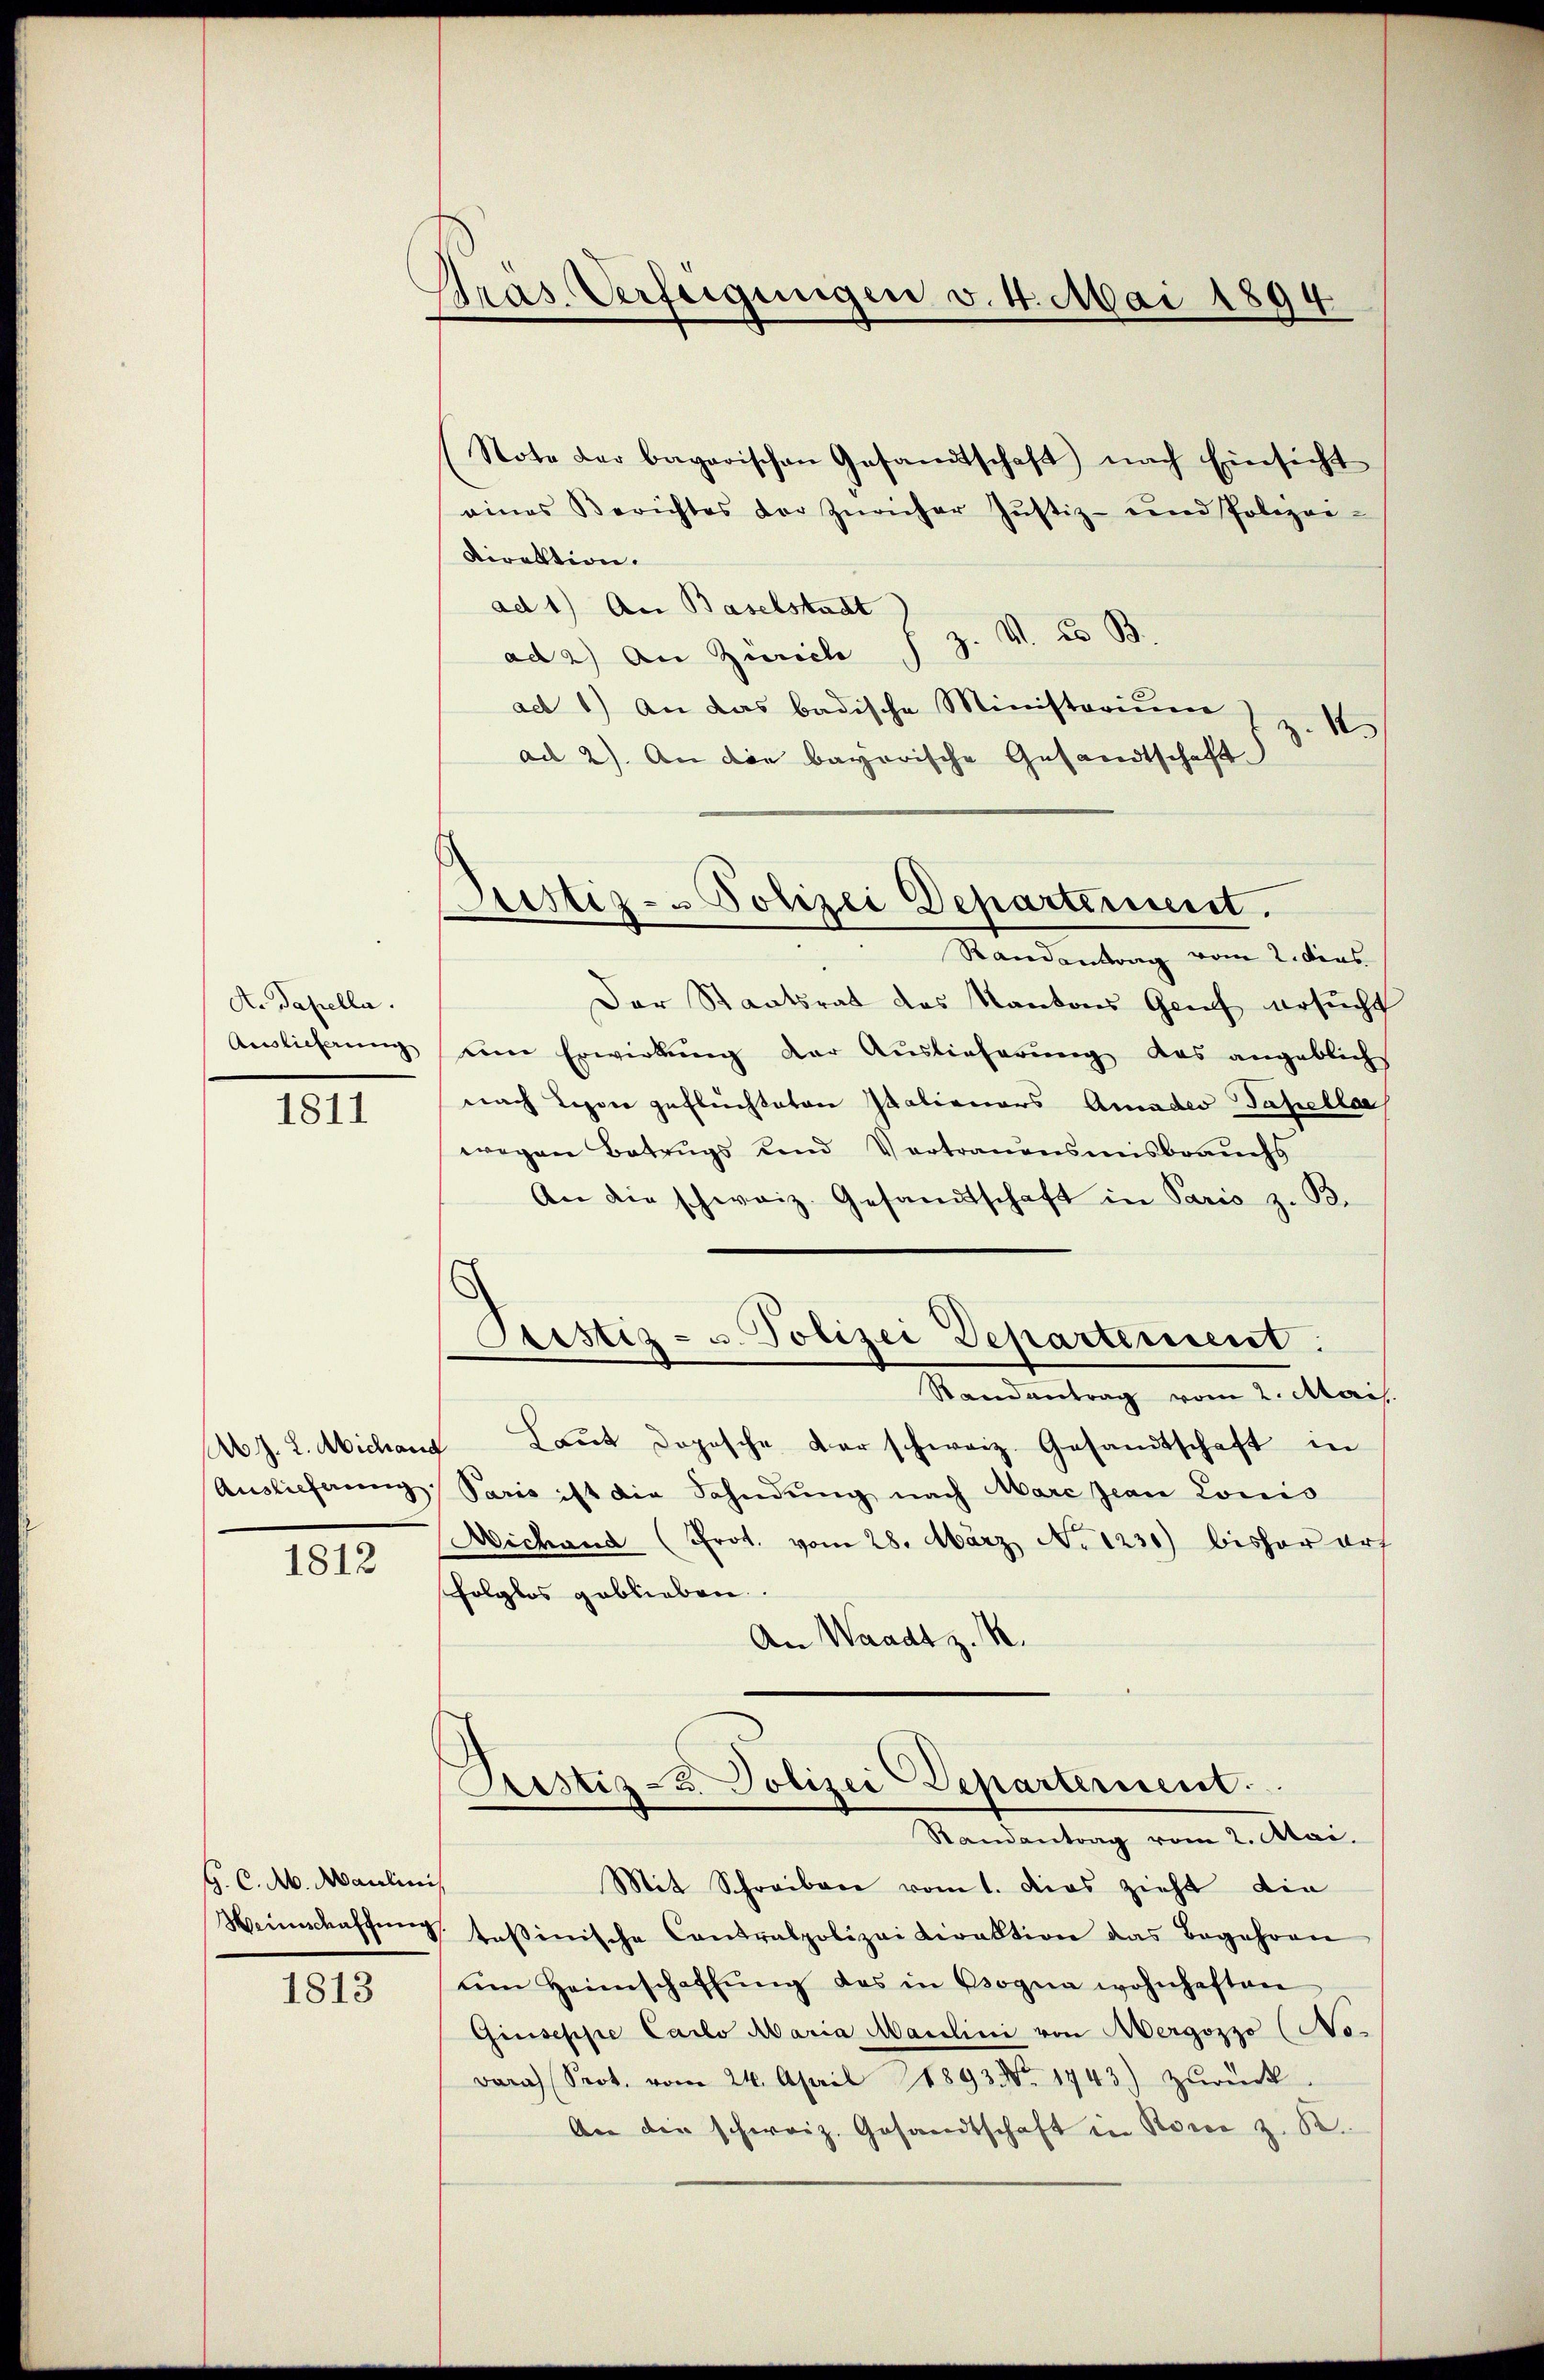
A. Papella.
Auslieferung

1811

Auslieferung

1812

G. C. A. Maulinis

1813

Pras. Verfeigungen v. 4. Mai 1
894

Justiz- Polizei Departement.
Mandantung vom 1. dies

Note der bagarischen Gesamtschaft nach Einsicht
eines Berichtes der Züricher Justiz- und Polizei-
Direktion.
ad 1) An Baselstadt
ad 2) An Zürich s. Z. V. u B
ad 1) an das badische Ministerium) z. 1.
ad 2). An die bayerische Gesandtschaft
Der Staatsrat des Kantons Genf ersucht
ŭm Erwirkung der Auslieferŭng das angeblich
nach Legen geflüchteten Italienars Amades Tapellar
wegen Betrugs und Vertrauensmisbrauchs
An die schweiz. Gesandtschaft in Paris z. B.
Pristiz- u. Polizei Departement:
Randantrag vom 2. Mais.
4 J. L. Michaus Laut Dopische Dar schweiz. Gesandtschaft in
Paris ist die Fahndung nach Marc Jean Lonis
Michand (Prot. vom 28. März No 1231) bisher art
folglos geblieben.
An Waadt z. 1.

Justiz- u. Polizei Departement.
Mandantung vom 2. Mai.

Mit Schreiben vom 1. Dies zieht die
Weinschaffŭng taßinische Contralpolizeidirektion das Begehren
um Heimschaffŭng des in Bogna wohnhaften
Giuseppe Carlo Maria Maidlini von ergozzo (No-
Bara Prot. vom 24. April 1893. No. 1943.) zurück
An die schweiz. Gesandtschaft in Rover z. B.